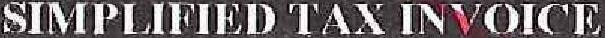
SIMPLIFIED TAX INVOICE